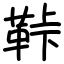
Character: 鞐